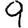
Digit: 9